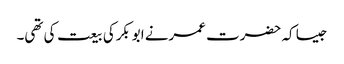
جیسا کہ حضرت عمرنے ابوبکرکی بیعت کی تھی۔